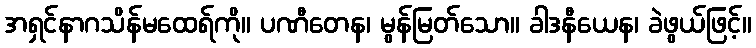
အရှင်နာဂသိန်မထေရ်ကို။ ပဏီတေန၊ မွန်မြတ်သော။ ခါဒနီယေန၊ ခဲဖွယ်ဖြင့်။